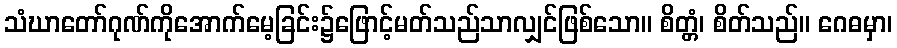
သံဃာတော်ဂုဏ်ကိုအောက်မေ့ခြင်း၌ဖြောင့်မတ်သည်သာလျှင်ဖြစ်သော။ စိတ္တံ၊ စိတ်သည်။ ဂေဓမှာ၊